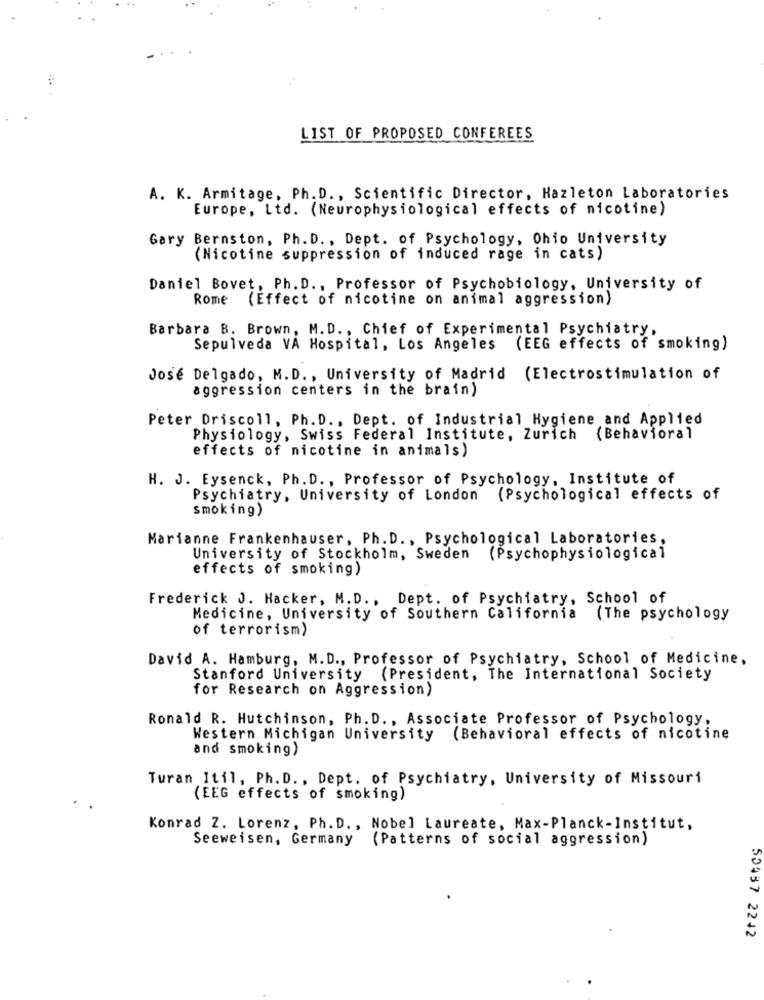
LIST OF PROPOSED CONFEREES
A. K. Armitage, Ph.D ., Scientific Director, Hazleton Laboratories
Europe, Ltd. (Neurophysiological effects of nicotine)
Gary Bernston, Ph. D. , Dept. of Psychology, Ohio University
(Nicotine suppression of induced rage in cats)
Daniel Bovet, Ph. D ., Professor of Psychobiology, University of
Rome (Effect of nicotine on animal aggression)
Barbara B. Brown, M.D ., Chief of Experimental Psychiatry,
Sepulveda VA Hospital, Los Angeles (EEG effects of smoking)
José Delgado, M.D ., University of Madrid (Electrostimulation of
aggression centers in the brain)
Peter Driscoll, Ph.D ., Dept. of Industrial Hygiene and Applied
Physiology, Swiss Federal Institute, Zurich (Behavioral
effects of nicotine in animals)
H. J. Eysenck, Ph. D ., Professor of Psychology, Institute of
Psychiatry, University of London (Psychological effects of
smoking)
Marianne Frankenhauser, Ph.D ., Psychological Laboratories,
University of Stockholm, Sweden
(Psychophysiological
effects of smoking)
Frederick J. Hacker, M.D ., Dept. of Psychiatry, School of
Medicine, University of Southern California (The psychology
of terrorism)
David A. Hamburg, M.D ., Professor of Psychiatry, School of Medicine,
Stanford University (President, The International Society
for Research on Aggression)
Ronald R. Hutchinson, Ph. D ., Associate Professor of Psychology,
Western Michigan University (Behavioral effects of nicotine
and smoking)
Turan Itil, Ph.D ., Dept. of Psychiatry, University of Missouri
(EEG effects of smoking)
Konrad Z. Lorenz, Ph. D ., Nobel Laureate, Max-Planck-Institut,
Seeweisen, Germany (Patterns of social aggression)
50437 2242